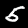
Digit: 5